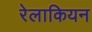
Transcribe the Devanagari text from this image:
रेलाकियन